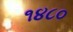
૧૪૮૦